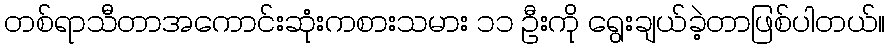
တစ်ရာသီတာအကောင်းဆုံးကစားသမား ၁၁ ဦးကို ရွေးချယ်ခဲ့တာဖြစ်ပါတယ်။